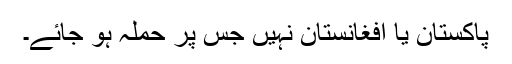
پاکستان یا افغانستان نہیں جس پر حملہ ہو جائے۔